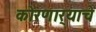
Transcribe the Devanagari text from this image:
कोरणार्‍याचे